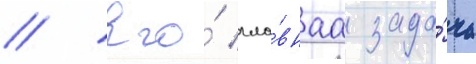
// Его́ гла́внаа зада́ча